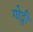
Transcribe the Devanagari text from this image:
गोट्ठी